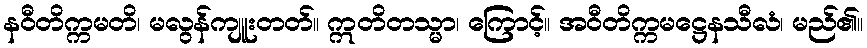
နဝီတိက္ကမတိ၊ မလွန်ကျူးတတ်။ ဣတိတသ္မာ၊ ကြောင့်။ အဝီတိက္ကမဋ္ဌေနသီလံ၊ မည်၏။